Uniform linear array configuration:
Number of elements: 12
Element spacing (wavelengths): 0.25
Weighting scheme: hamming
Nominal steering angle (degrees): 60
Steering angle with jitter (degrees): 61.095
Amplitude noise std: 0.05
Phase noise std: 0.05

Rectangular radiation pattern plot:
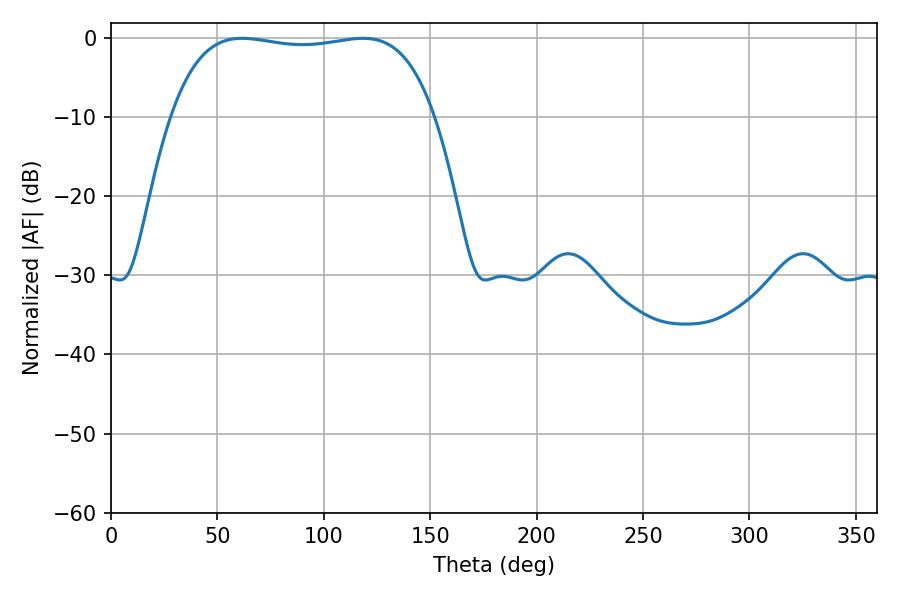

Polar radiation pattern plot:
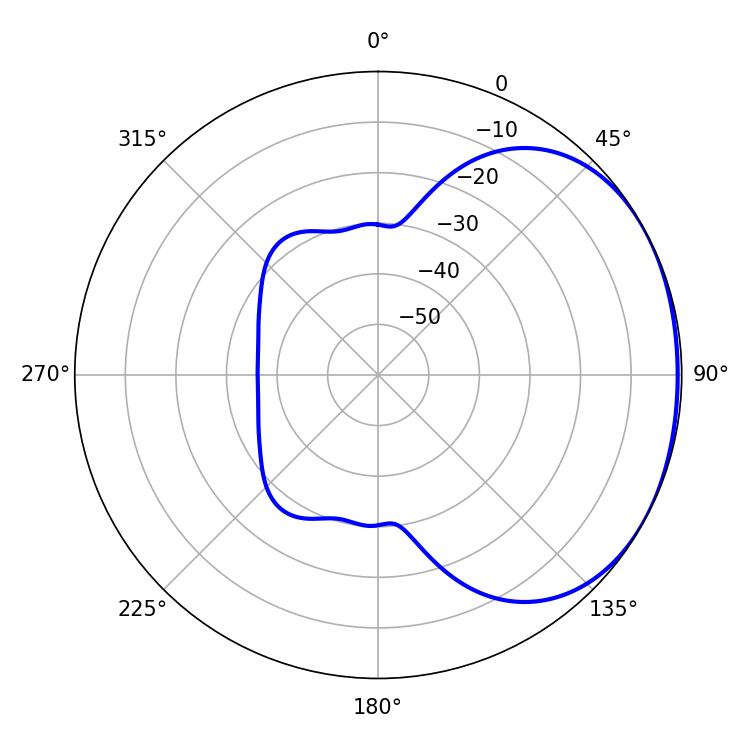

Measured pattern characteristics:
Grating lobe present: FALSE
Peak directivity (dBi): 1.49
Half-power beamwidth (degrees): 99
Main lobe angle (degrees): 61.56